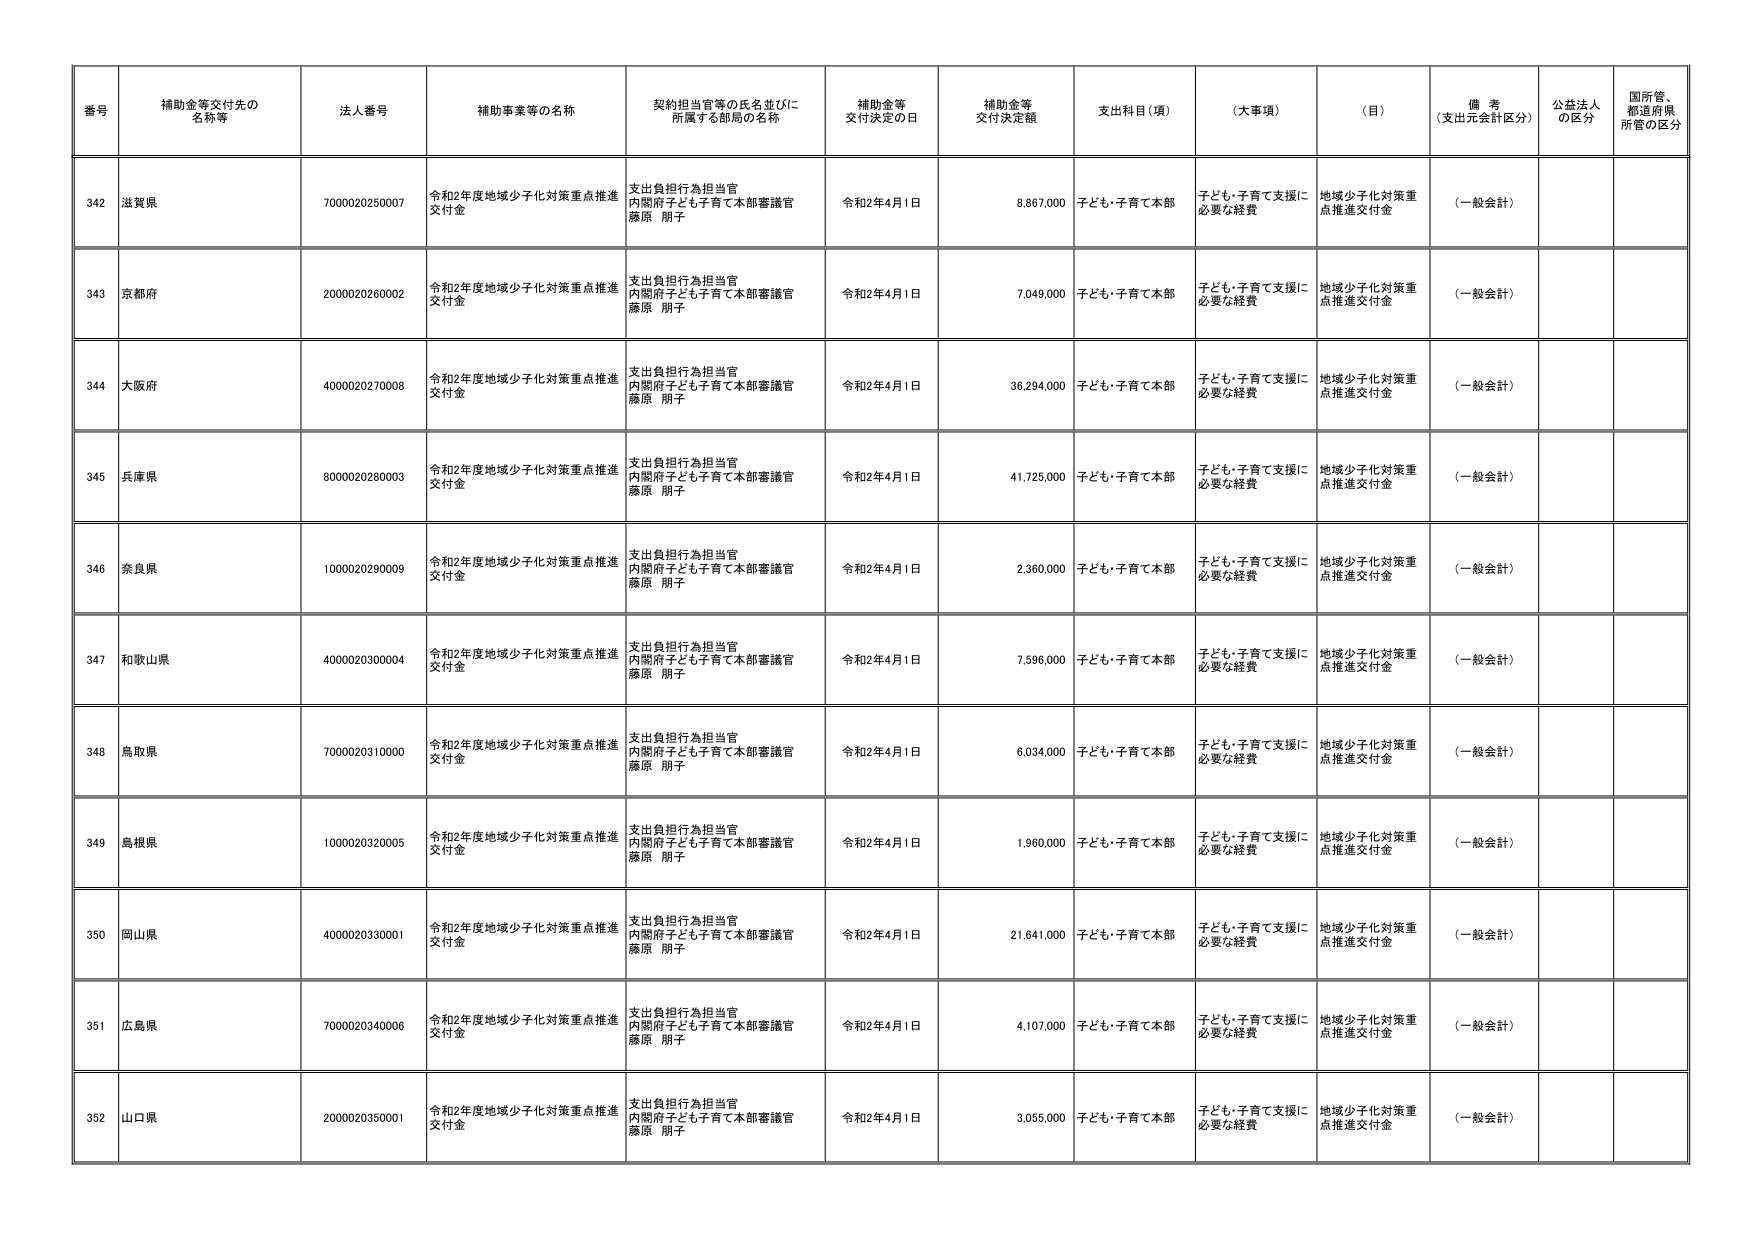
番号 補助金等交付先の名称等 法人番号 補助事業等の名称 契約担当官等の氏名並びに所属する部局の名称 補助金等交付決定の日 補助金等交付決定額 支出科目（項） （大事項） （目） 備考（支出元会計区分） 公益法人の区分 国所管、都道府県所管の区分
342 滋賀県 7000020250007 令和2年度地域少子化対策重点推進交付金 支出負担行為担当官 内閣府子ども子育て本部審議官 藤原 朋子 令和2年4月1日 8,867,000 子ども・子育て本部 子ども・子育て支援に必要な経費 地域少子化対策重点推進交付金 （一般会計）
343 京都府 2000020260002 令和2年度地域少子化対策重点推進交付金 支出負担行為担当官 内閣府子ども子育て本部審議官 藤原 朋子 令和2年4月1日 7,049,000 子ども・子育て本部 子ども・子育て支援に必要な経費 地域少子化対策重点推進交付金 （一般会計）
344 大阪府 4000020270008 令和2年度地域少子化対策重点推進交付金 支出負担行為担当官 内閣府子ども子育て本部審議官 藤原 朋子 令和2年4月1日 36,294,000 子ども・子育て本部 子ども・子育て支援に必要な経費 地域少子化対策重点推進交付金 （一般会計）
345 兵庫県 8000020280003 令和2年度地域少子化対策重点推進交付金 支出負担行為担当官 内閣府子ども子育て本部審議官 藤原 朋子 令和2年4月1日 41,725,000 子ども・子育て本部 子ども・子育て支援に必要な経費 地域少子化対策重点推進交付金 （一般会計）
346 奈良県 1000020290009 令和2年度地域少子化対策重点推進交付金 支出負担行為担当官 内閣府子ども子育て本部審議官 藤原 朋子 令和2年4月1日 2,360,000 子ども・子育て本部 子ども・子育て支援に必要な経費 地域少子化対策重点推進交付金 （一般会計）
347 和歌山県 4000020300004 令和2年度地域少子化対策重点推進交付金 支出負担行為担当官 内閣府子ども子育て本部審議官 藤原 朋子 令和2年4月1日 7,596,000 子ども・子育て本部 子ども・子育て支援に必要な経費 地域少子化対策重点推進交付金 （一般会計）
348 鳥取県 7000020310000 令和2年度地域少子化対策重点推進交付金 支出負担行為担当官 内閣府子ども子育て本部審議官 藤原 朋子 令和2年4月1日 6,034,000 子ども・子育て本部 子ども・子育て支援に必要な経費 地域少子化対策重点推進交付金 （一般会計）
349 島根県 1000020320005 令和2年度地域少子化対策重点推進交付金 支出負担行為担当官 内閣府子ども子育て本部審議官 藤原 朋子 令和2年4月1日 1,960,000 子ども・子育て本部 子ども・子育て支援に必要な経費 地域少子化対策重点推進交付金 （一般会計）
350 岡山県 4000020330001 令和2年度地域少子化対策重点推進交付金 支出負担行為担当官 内閣府子ども子育て本部審議官 藤原 朋子 令和2年4月1日 21,641,000 子ども・子育て本部 子ども・子育て支援に必要な経費 地域少子化対策重点推進交付金 （一般会計）
351 広島県 7000020340006 令和2年度地域少子化対策重点推進交付金 支出負担行為担当官 内閣府子ども子育て本部審議官 藤原 朋子 令和2年4月1日 4,107,000 子ども・子育て本部 子ども・子育て支援に必要な経費 地域少子化対策重点推進交付金 （一般会計）
352 山口県 2000020350001 令和2年度地域少子化対策重点推進交付金 支出負担行為担当官 内閣府子ども子育て本部審議官 藤原 朋子 令和2年4月1日 3,055,000 子ども・子育て本部 子ども・子育て支援に必要な経費 地域少子化対策重点推進交付金 （一般会計）